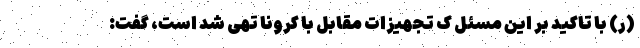
(ر) با تاکید بر این مسئل ک تجهیزات مقابل با کرونا تهی شد است، گفت: